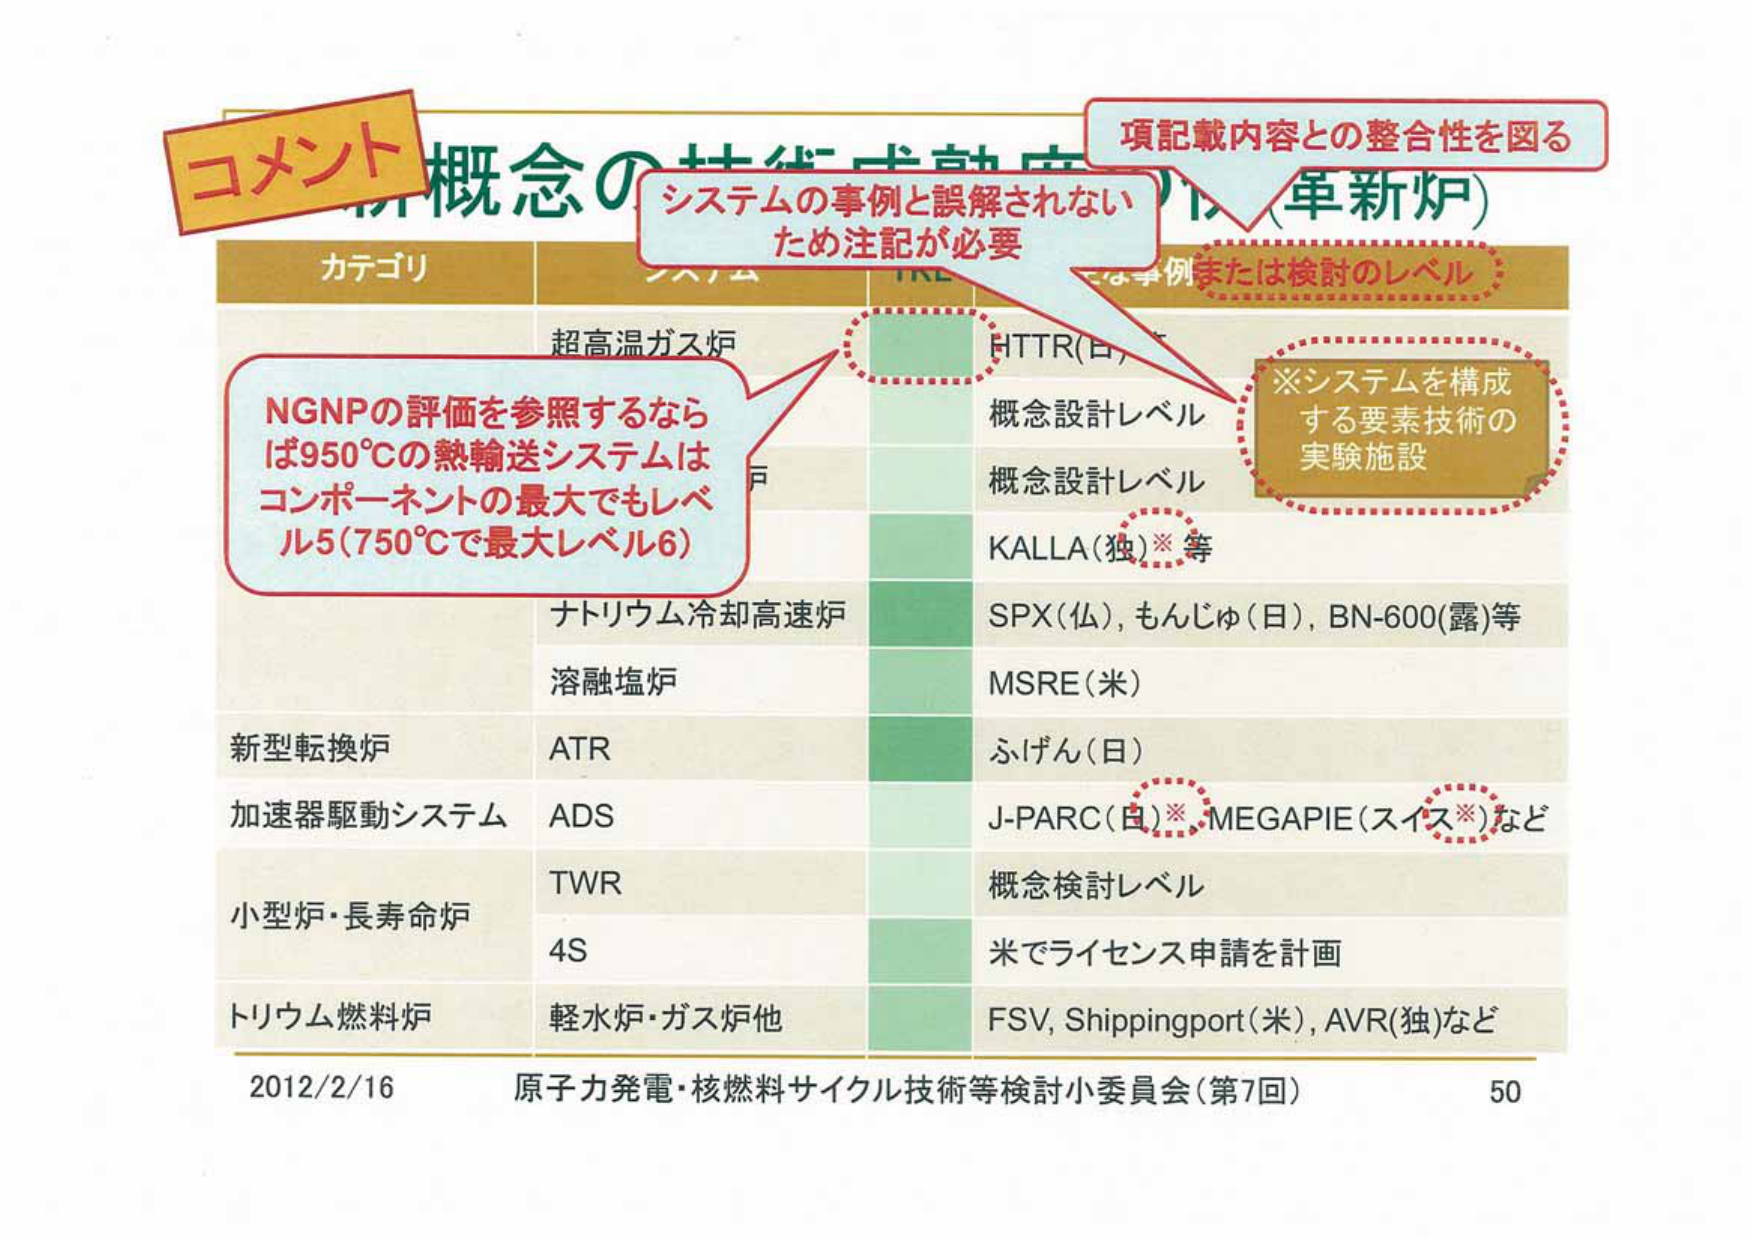
コメント
新概念の技術成熟度（革新炉）
カテゴリ
システム
TRL
は事例または検討のレベル
超高温ガス炉
HTTR(日)
概念設計レベル
※システムを構成する要素技術の実験施設
概念設計レベル
KALLA(独)※等
ナトリウム冷却高速炉
SPX(仏), もんじゅ(日), BN-600(露)等
溶融塩炉
MSRE(米)
新型転換炉
ATR
ふげん(日)
加速器駆動システム
ADS
J-PARC(日)※, MEGAPIE(スイス※)など
小型炉・長寿命炉
TWR
概念検討レベル
4S
米でライセンス申請を計画
トリウム燃料炉
軽水炉・ガス炉他
FSV, Shippingport(米), AVR(独)など
2012/2/16
原子力発電・核燃料サイクル技術等検討小委員会（第7回）
50
NGNPの評価を参照するならば950℃の熱輸送システムはコンポーネントの最大でもレベル5（750℃で最大レベル6）
システムの事例と誤解されないため注記が必要
項記載内容との整合性を図る